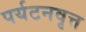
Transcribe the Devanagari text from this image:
पर्यटनवृत्त